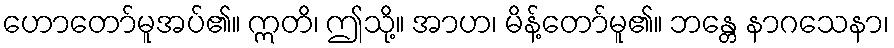
ဟောတော်မူအပ်၏။ ဣတိ၊ ဤသို့။ အာဟ၊ မိန့်တော်မူ၏။ ဘန္တေ နာဂသေနာ၊